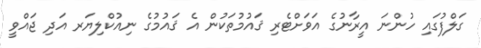
ގަލްފުގައި ހުންނަ އީރާނުގެ އަވަށްޓެރި ޤައުމުތަކުން އެ ޤައުމުގެ ނިއުކްލިޔަރ އަދި ޖައްވީ